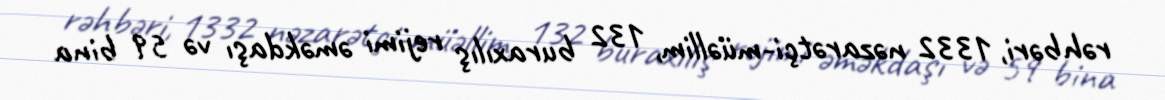
rəhbəri, 1332 nəzarətçi-müəllim, 132 buraxılış rejimi əməkdaşı və 59 bina